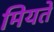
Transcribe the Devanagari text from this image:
मियते